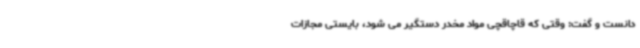
دانست و گفت: وقتی که قاچاقچی مواد مخدر دستگیر می شود، بایستی مجازات